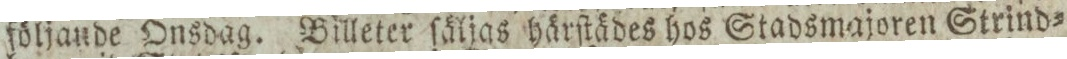
följande Onsdag. Billeter ſäljas härſtädes hos Stadsmajoren Strind=